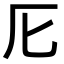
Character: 𠨬